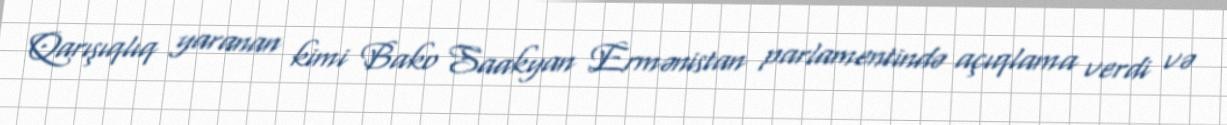
Qarışıqlıq yaranan kimi Bako Saakyan Ermənistan parlamentində açıqlama verdi və